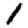
Digit: 1